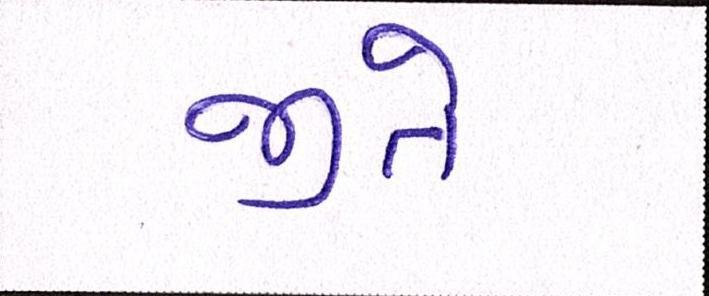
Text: જીતે